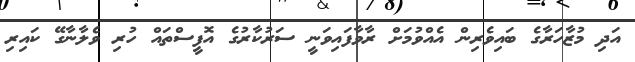
އަދި މުޒާހަރާގެ ބައިވެރިން އެއްވުމަށް ރާވާފައިވަނީ ސަރުކާރުގެ އޮފީސްތައް ހުރި ވެލާނާގޭ ކައިރި